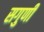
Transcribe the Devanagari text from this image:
सगुणी